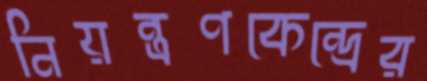
নিয়ন্ত্রণকেন্দ্রের